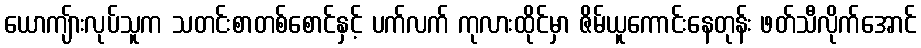
ယောကျ်ားလုပ်သူက သတင်းစာတစ်စောင်နှင့် ပက်လက် ကုလားထိုင်မှာ ဇိမ်ယူကောင်းနေတုန်း ဖတ်သီလိုက်အောင်